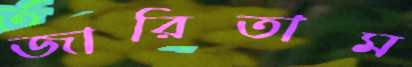
জারিতাম